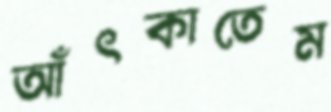
আঁৎকাতেম